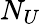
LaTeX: N_{U}